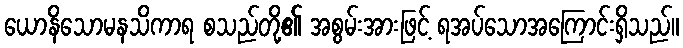
ယောနိသောမနသိကာရ စသည်တို့၏ အစွမ်းအားဖြင့် ရအပ်သောအကြောင်းရှိသည်။